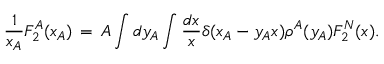
\frac { 1 } { x _ { A } } F _ { 2 } ^ { A } ( x _ { A } ) \, = \, A \int d y _ { A } \int \frac { d x } { x } \delta ( x _ { A } - y _ { A } x ) \rho ^ { A } ( y _ { A } ) F _ { 2 } ^ { N } ( x ) .